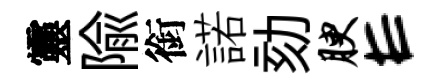
靈隃銜諾劾腴E